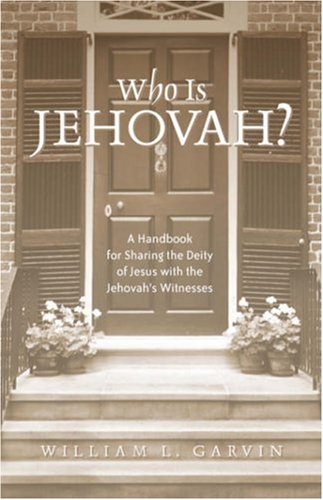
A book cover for Who is Jehovah?; William L. Garvin; Christian Books & Bibles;